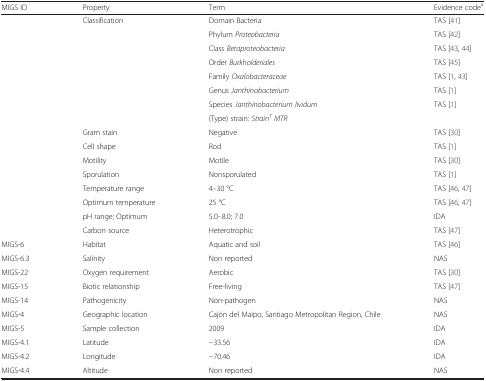
| MIGS ID | Property | Term | Evidence codea |
 | --- | --- | --- | --- |
 |  | Classification | Domain Bacteria | TAS [41] |
 |  |  | Phylum Proteobacteria | TAS [42] |
 |  |  | Class Betaproteobacteria | TAS [43, 44] |
 |  |  | Order Burkholderiales | TAS [45] |
 |  |  | Family Oxalobacteraceae | TAS [1, 43] |
 |  |  | Genus Janthinobacterium | TAS [1] |
 |  |  | Species Janthinobacterium lividum | TAS [1] |
 |  |  | (Type) strain: StrainTMTR |  |
 |  | Gram stain | Negative | TAS [30] |
 |  | Cell shape | Rod | TAS [1] |
 |  | Motility | Motile | TAS [30] |
 |  | Sporulation | Nonsporulated | TAS [1] |
 |  | Temperature range | 4–30 °C | TAS [46, 47] |
 |  | Optimum temperature | 25 °C | TAS [46, 47] |
 |  | pH range; Optimum | 5.0–8.0; 7.0 | IDA |
 |  | Carbon source | Heterotrophic | TAS [47] |
 | MIGS-6 | Habitat | Aquatic and soil | TAS [46] |
 | MIGS-6.3 | Salinity | Non reported | NAS |
 | MIGS-22 | Oxygen requirement | Aerobic | TAS [30] |
 | MIGS-15 | Biotic relationship | Free-living | TAS [47] |
 | MIGS-14 | Pathogenicity | Non-pathogen | NAS |
 | MIGS-4 | Geographic location | Cajón del Maipo, Santiago Metropolitan Region, Chile | NAS |
 | MIGS-5 | Sample collection | 2009 | IDA |
 | MIGS-4.1 | Latitude | −33.56 | IDA |
 | MIGS-4.2 | Longitude | −70.46 | IDA |
 | MIGS-4.4 | Altitude | Non reported | NAS |